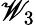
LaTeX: \mathscr{W}_{3}